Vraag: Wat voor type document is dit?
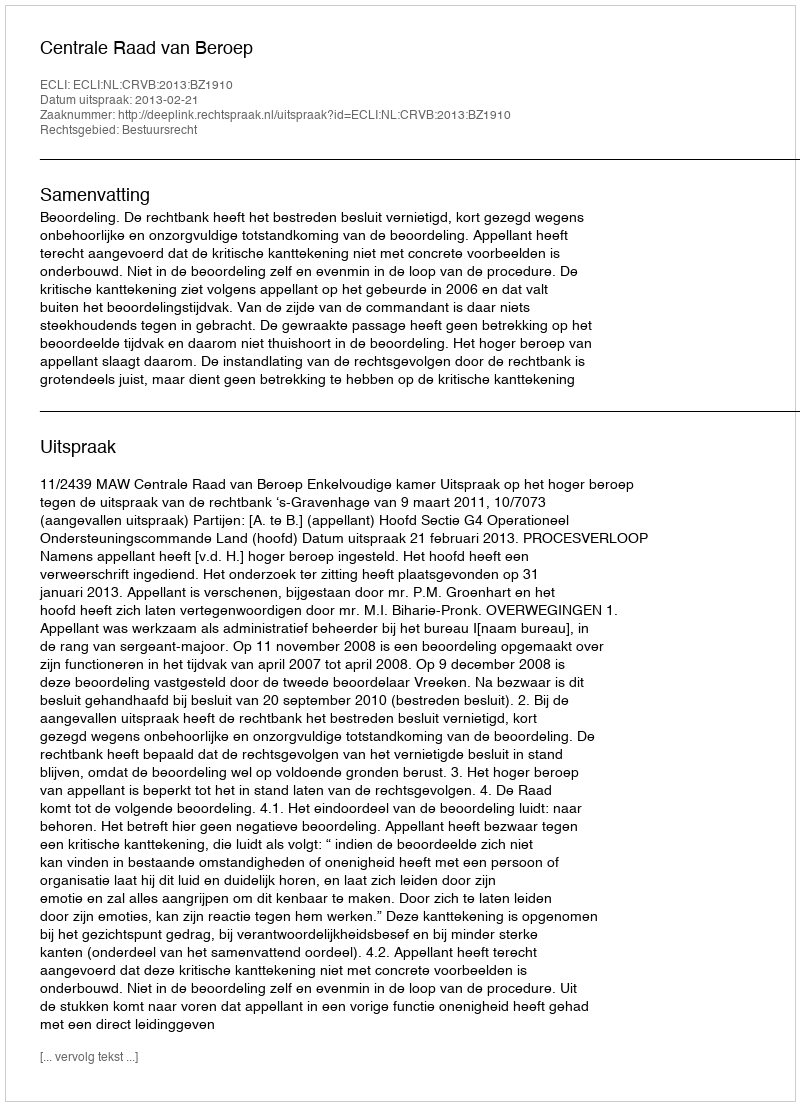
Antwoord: Uitspraak